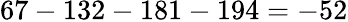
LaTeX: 67-132-181-194=-52